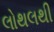
લોથલથી